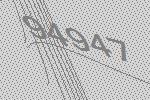
94947